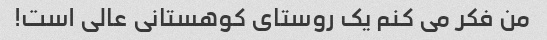
من فکر می کنم یک روستای کوهستانی عالی است!